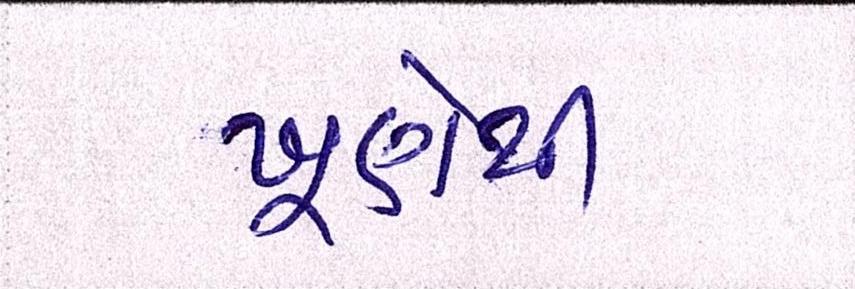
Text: ખૂણેથી